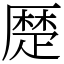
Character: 𠪴